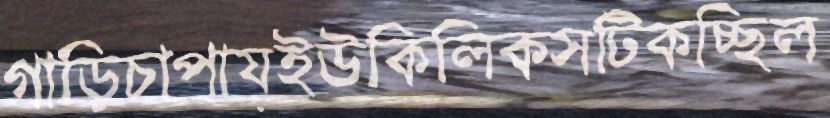
গাড়িচাপায়ইউকিলিকসটিকচ্ছিল